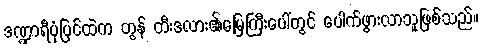
ဒဏ္ဍာရီပုံပြင်ထဲက တွန် တီးဒလား၏မြေကြီးပေါ်တွင် ပေါက်ဖွားလာသူဖြစ်သည်။